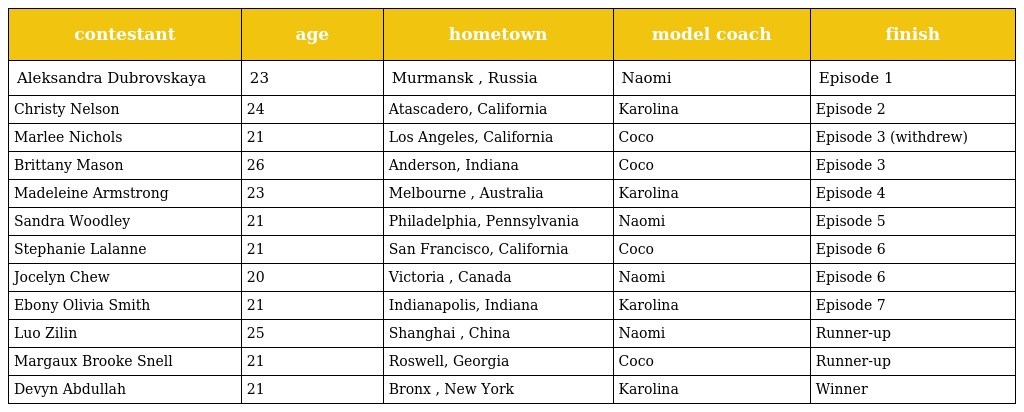
| contestant | age | hometown | model coach | finish |
 | --- | --- | --- | --- | --- |
 | Aleksandra Dubrovskaya | 23 | Murmansk , Russia | Naomi | Episode 1 |
 | Christy Nelson | 24 | Atascadero, California | Karolina | Episode 2 |
 | Marlee Nichols | 21 | Los Angeles, California | Coco | Episode 3 (withdrew) |
 | Brittany Mason | 26 | Anderson, Indiana | Coco | Episode 3 |
 | Madeleine Armstrong | 23 | Melbourne , Australia | Karolina | Episode 4 |
 | Sandra Woodley | 21 | Philadelphia, Pennsylvania | Naomi | Episode 5 |
 | Stephanie Lalanne | 21 | San Francisco, California | Coco | Episode 6 |
 | Jocelyn Chew | 20 | Victoria , Canada | Naomi | Episode 6 |
 | Ebony Olivia Smith | 21 | Indianapolis, Indiana | Karolina | Episode 7 |
 | Luo Zilin | 25 | Shanghai , China | Naomi | Runner-up |
 | Margaux Brooke Snell | 21 | Roswell, Georgia | Coco | Runner-up |
 | Devyn Abdullah | 21 | Bronx , New York | Karolina | Winner |